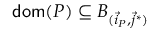
\mathsf { d o m } ( P ) \subseteq B _ { ( \vec { i } _ { P } , \vec { j } ^ { * } ) }